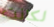
لكانت